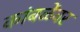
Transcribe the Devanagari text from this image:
कांबळेंवर